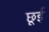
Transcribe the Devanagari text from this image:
छूई